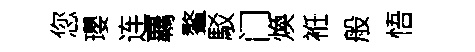
您瓔连覊鳌駁门煥袵般悟